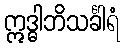
ဣဒ္ဓါဘိသင်္ခါရံ